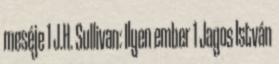
meséje 1 J.H. Sullivan: Ilyen ember 1 Jagos István